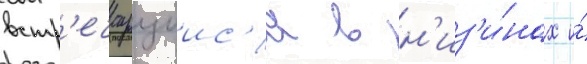
встр'ечаущиис'я в н'из'и́нах и́